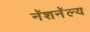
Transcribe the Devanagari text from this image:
नॅशनॅल्य